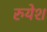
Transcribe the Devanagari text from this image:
रुयेश